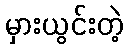
မှားယွင်းတဲ့